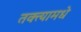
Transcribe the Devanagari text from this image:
तक्त्यामधे